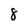
Character: 8